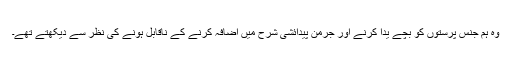
وہ ہم جنس پرستوں کو بچے یدا کرنے اور جرمن پیدائشی شرح ميں اضافہ کرنے کے ناقابل ہونے کی نظر سے دیکھتے تھے۔